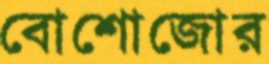
বোশোজোর